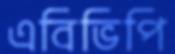
এবিভিপি